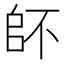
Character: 𠂾